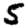
Digit: 5